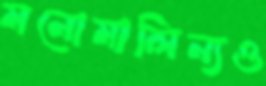
মনোমালিন্যও